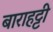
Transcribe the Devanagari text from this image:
बाराहट्टी